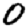
Digit: 0